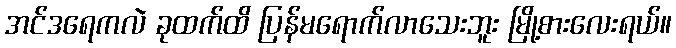
အင်ဒရေကလဲ ခုထက်ထိ ပြန်မရောက်လာသေးဘူး မြို့စားလေးရယ်။